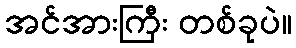
အင်အားကြီး တစ်ခုပဲ။